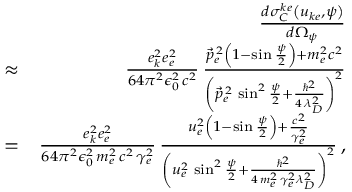
\begin{array} { r l r } & { } & { \frac { d \sigma _ { C } ^ { k e } \left( u _ { k e } , \psi \right) } { d \Omega _ { \psi } } } \\ & { \approx } & { \frac { e _ { k } ^ { 2 } e _ { e } ^ { 2 } } { 6 4 \pi ^ { 2 } \epsilon _ { 0 } ^ { 2 } \, c ^ { 2 } } \, \frac { \vec { p } _ { e } ^ { \, 2 } \left( 1 - \sin \frac { \psi } { 2 } \right) + m _ { e } ^ { 2 } c ^ { 2 } } { \left( \vec { p } _ { e } ^ { \, 2 } \, \sin ^ { 2 } \frac { \psi } { 2 } + \frac { \hbar ^ { 2 } } { 4 \, \lambda _ { D } ^ { 2 } } \right) ^ { 2 } } } \\ & { = } & { \frac { e _ { k } ^ { 2 } e _ { e } ^ { 2 } } { 6 4 \pi ^ { 2 } \epsilon _ { 0 } ^ { 2 } \, m _ { e } ^ { 2 } \, c ^ { 2 } \, \gamma _ { e } ^ { 2 } } \, \frac { u _ { e } ^ { 2 } \left( 1 - \sin \frac { \psi } { 2 } \right) + \frac { c ^ { 2 } } { \gamma _ { e } ^ { 2 } } } { \left( u _ { e } ^ { 2 } \, \sin ^ { 2 } \frac { \psi } { 2 } + \frac { \hbar ^ { 2 } } { 4 \, m _ { e } ^ { 2 } \, \gamma _ { e } ^ { 2 } \lambda _ { D } ^ { 2 } } \right) ^ { 2 } } \, , } \end{array}